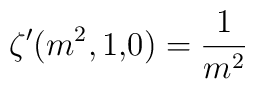
\zeta ^{\prime }(m^{2},1{\bf ,}0)=\frac{1}{m^{2}}